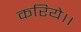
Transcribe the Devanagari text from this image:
करिये।।